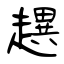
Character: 趩